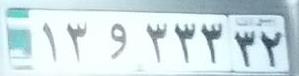
۱۳و۳۳۳۳۲